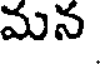
మన